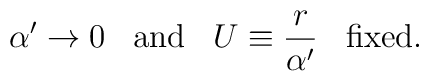
\alpha^\prime \to 0 \;\;\; \mbox{and} \;\;\; U\equiv\frac{r}{\alpha^\prime} \;\;\; \mbox{fixed}.